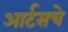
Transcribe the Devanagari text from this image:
आर्टसचे